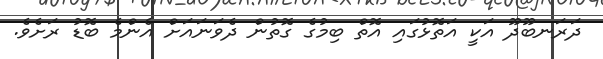
ދަރަނބޫދޫ އަކީ އަތޮޅުގައި އޮތް ބިމުގެ ގޮތުން ދެވަނައަށް އެންމެ ބޮޑު ރަށެވެ.